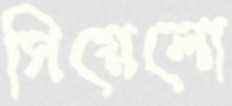
সিয়েলো